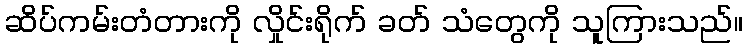
ဆိပ်ကမ်းတံတားကို လှိုင်းရိုက် ခတ် သံတွေကို သူကြားသည်။